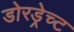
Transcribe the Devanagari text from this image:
डोरड्रेच्ट